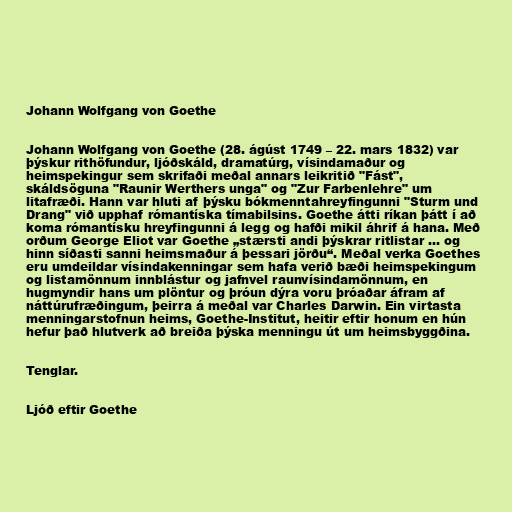
Johann Wolfgang von Goethe

Johann Wolfgang von Goethe (28. ágúst 1749 – 22. mars 1832) var
þýskur rithöfundur, ljóðskáld, dramatúrg, vísindamaður og
heimspekingur sem skrifaði meðal annars leikritið "Fást",
skáldsöguna "Raunir Werthers unga" og "Zur Farbenlehre" um
litafræði. Hann var hluti af þýsku bókmenntahreyfingunni "Sturm und
Drang" við upphaf rómantíska tímabilsins. Goethe átti ríkan þátt í að
koma rómantísku hreyfingunni á legg og hafði mikil áhrif á hana. Með
orðum George Eliot var Goethe „stærsti andi þýskrar ritlistar ... og
hinn síðasti sanni heimsmaður á þessari jörðu“. Meðal verka Goethes
eru umdeildar vísindakenningar sem hafa verið bæði heimspekingum
og listamönnum innblástur og jafnvel raunvísindamönnum, en
hugmyndir hans um plöntur og þróun dýra voru þróaðar áfram af
náttúrufræðingum, þeirra á meðal var Charles Darwin. Ein virtasta
menningarstofnun heims, Goethe-Institut, heitir eftir honum en hún
hefur það hlutverk að breiða þýska menningu út um heimsbyggðina.

Tenglar.

Ljóð eftir Goethe